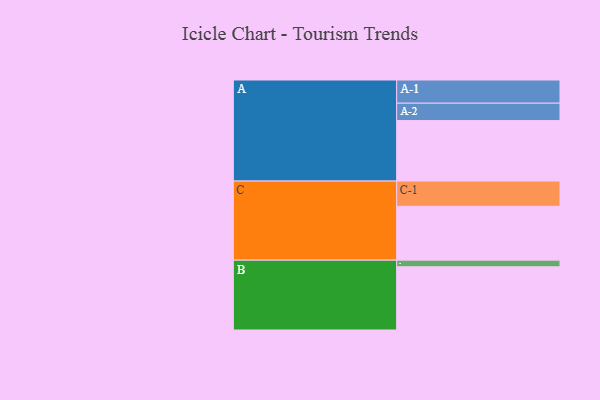
{"axis": {"x": "Segment", "y": "Value"}, "legend": ["", "A", "B", "C"], "data": [{"x": "A", "y": 564, "type": ""}, {"x": "B", "y": 589, "type": ""}, {"x": "C", "y": 502, "type": ""}, {"x": "A-1", "y": 216, "type": "A"}, {"x": "A-2", "y": 162, "type": "A"}, {"x": "B-1", "y": 62, "type": "B"}, {"x": "C-1", "y": 235, "type": "C"}]}